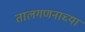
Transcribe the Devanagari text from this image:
तालगणनाच्या